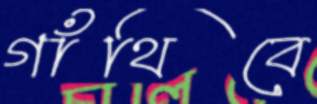
গাঁথিবে